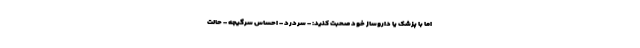
اما با پزشک یا داروساز خود صحبت کنید: - سردرد - احساس سرگیجه - حالت